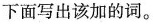
下面写出该加的词。